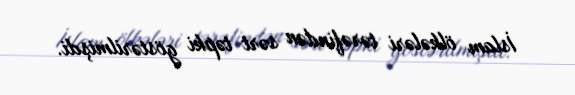
İslam ölkələri tərəfindən sərt təpki göstərilmişdi.